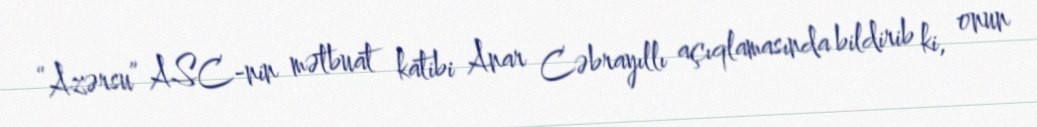
“Azərsu” ASC-nin mətbuat katibi Anar Cəbrayıllı açıqlamasında bildirib ki, onun